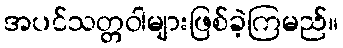
အပင်သတ္တဝါများဖြစ်ခဲ့ကြမည်။